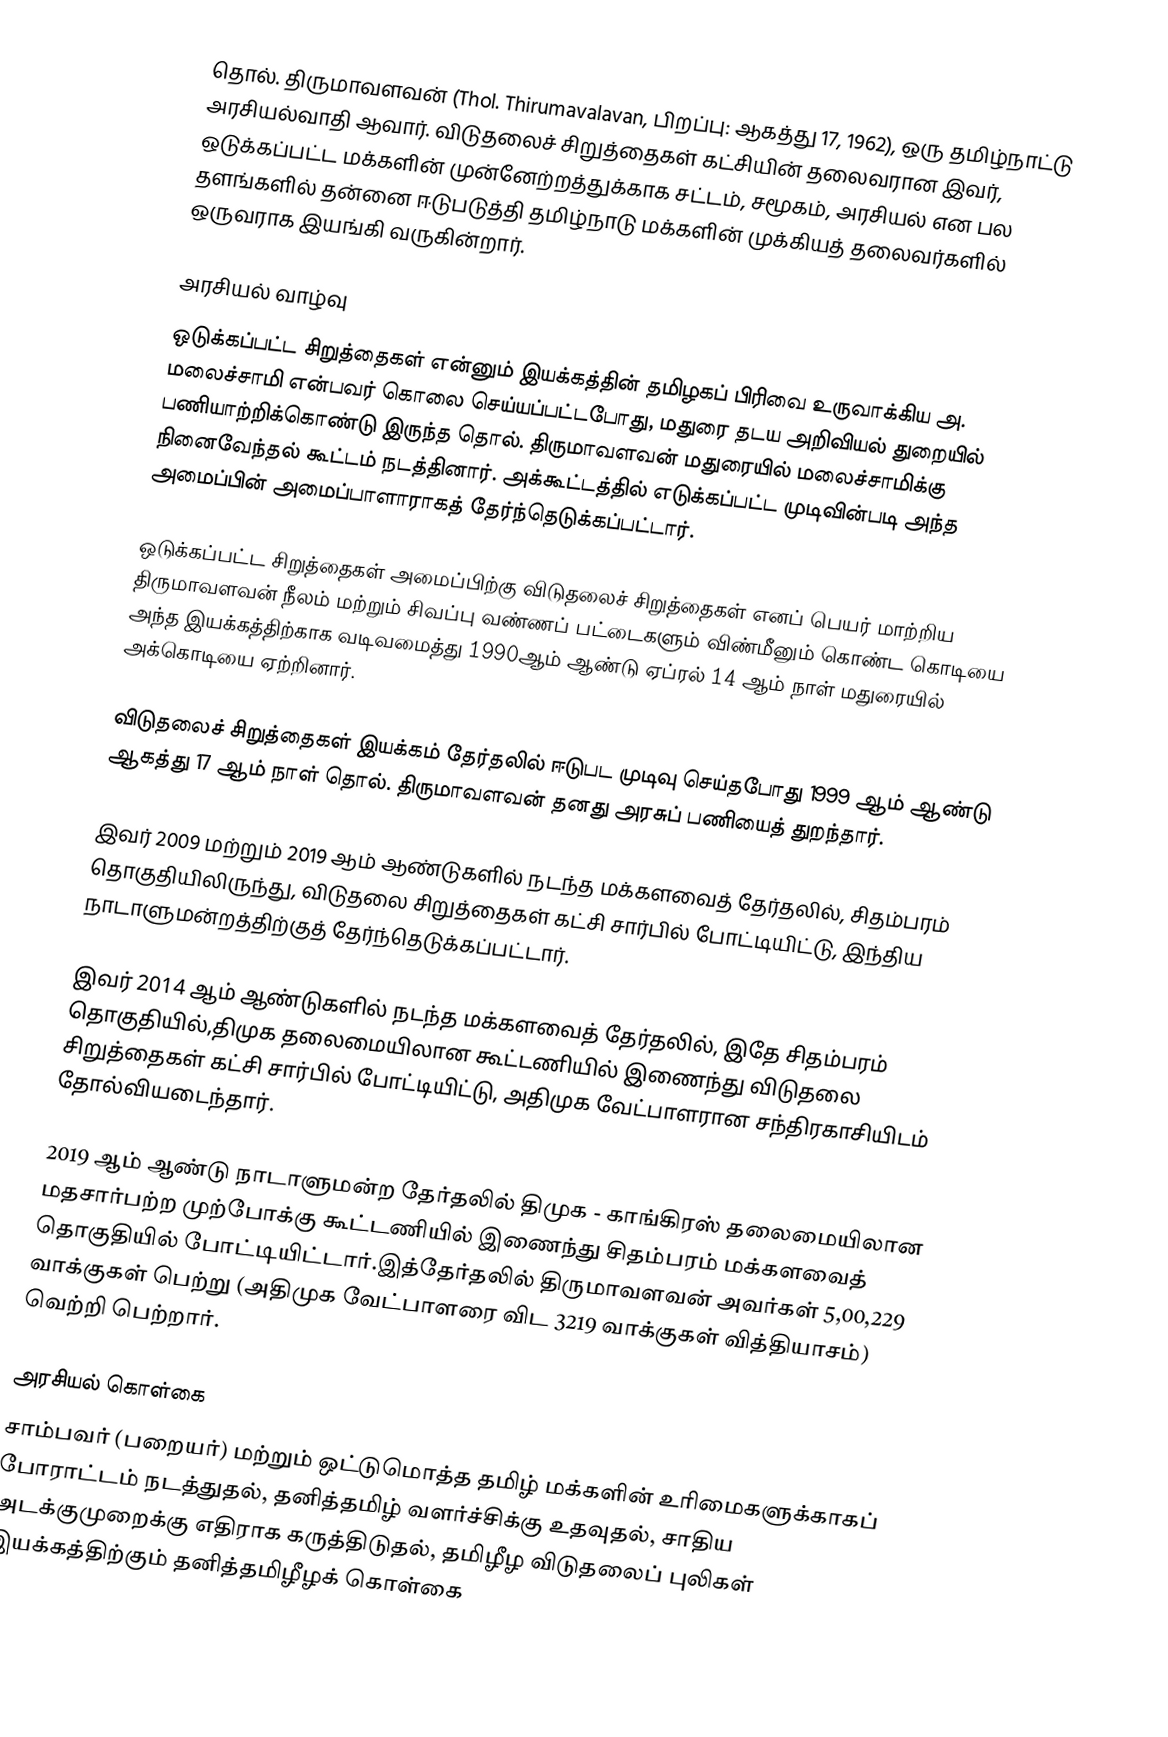
தொல். திருமாவளவன் (Thol. Thirumavalavan, பிறப்பு: ஆகத்து 17, 1962), ஒரு தமிழ்நாட்டு அரசியல்வாதி ஆவார். விடுதலைச் சிறுத்தைகள் கட்சியின் தலைவரான இவர்,   ஒடுக்கப்பட்ட மக்களின் முன்னேற்றத்துக்காக சட்டம், சமூகம், அரசியல் என பல தளங்களில் தன்னை ஈடுபடுத்தி தமிழ்நாடு மக்களின் முக்கியத் தலைவர்களில் ஒருவராக இயங்கி வருகின்றார்.

அரசியல் வாழ்வு
ஒடுக்கப்பட்ட சிறுத்தைகள் என்னும்  இயக்கத்தின் தமிழகப் பிரிவை உருவாக்கிய அ. மலைச்சாமி என்பவர் கொலை செய்யப்பட்டபோது, மதுரை தடய அறிவியல் துறையில் பணியாற்றிக்கொண்டு இருந்த தொல். திருமாவளவன் மதுரையில் மலைச்சாமிக்கு நினைவேந்தல் கூட்டம் நடத்தினார். அக்கூட்டத்தில் எடுக்கப்பட்ட முடிவின்படி அந்த அமைப்பின் அமைப்பாளாராகத் தேர்ந்தெடுக்கப்பட்டார்.

ஒடுக்கப்பட்ட சிறுத்தைகள் அமைப்பிற்கு விடுதலைச் சிறுத்தைகள் எனப் பெயர் மாற்றிய திருமாவளவன் நீலம் மற்றும் சிவப்பு வண்ணப் பட்டைகளும் விண்மீனும் கொண்ட கொடியை அந்த இயக்கத்திற்காக வடிவமைத்து 1990ஆம் ஆண்டு ஏப்ரல் 14 ஆம் நாள் மதுரையில் அக்கொடியை ஏற்றினார்.

விடுதலைச் சிறுத்தைகள் இயக்கம் தேர்தலில் ஈடுபட முடிவு செய்தபோது 1999 ஆம் ஆண்டு ஆகத்து 17 ஆம் நாள் தொல். திருமாவளவன் தனது அரசுப் பணியைத் துறந்தார்.

இவர் 2009 மற்றும் 2019 ஆம் ஆண்டுகளில் நடந்த மக்களவைத் தேர்தலில், சிதம்பரம் தொகுதியிலிருந்து, விடுதலை சிறுத்தைகள் கட்சி சார்பில் போட்டியிட்டு, இந்திய நாடாளுமன்றத்திற்குத் தேர்ந்தெடுக்கப்பட்டார்.

இவர் 2014 ஆம் ஆண்டுகளில் நடந்த மக்களவைத் தேர்தலில், இதே சிதம்பரம் தொகுதியில்,திமுக தலைமையிலான கூட்டணியில் இணைந்து விடுதலை சிறுத்தைகள் கட்சி சார்பில் போட்டியிட்டு, அதிமுக வேட்பாளரான சந்திரகாசியிடம் தோல்வியடைந்தார்.

2019 ஆம் ஆண்டு நாடாளுமன்ற தேர்தலில் திமுக - காங்கிரஸ் தலைமையிலான மதசார்பற்ற முற்போக்கு கூட்டணியில் இணைந்து சிதம்பரம் மக்களவைத் தொகுதியில் போட்டியிட்டார்.இத்தேர்தலில் திருமாவளவன் அவர்கள் 5,00,229 வாக்குகள் பெற்று (அதிமுக வேட்பாளரை விட 3219 வாக்குகள் வித்தியாசம்) வெற்றி பெற்றார்.

அரசியல் கொள்கை
சாம்பவர் (பறையர்) மற்றும் ஒட்டுமொத்த தமிழ் மக்களின் உரிமைகளுக்காகப் போராட்டம் நடத்துதல், தனித்தமிழ் வளர்ச்சிக்கு உதவுதல், சாதிய அடக்குமுறைக்கு எதிராக கருத்திடுதல், தமிழீழ விடுதலைப் புலிகள் இயக்கத்திற்கும் தனித்தமிழீழக் கொள்கை